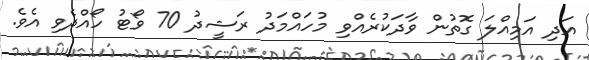
އަދި އަމިއްލަ ގޮތުން ވާދަކުރެއްވި މުހައްމަދު ރަޝީދު 70 ވޯޓު ހޯއްދެވި އެވެ.